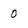
Character: 0